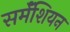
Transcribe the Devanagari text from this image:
सर्मॅशियन